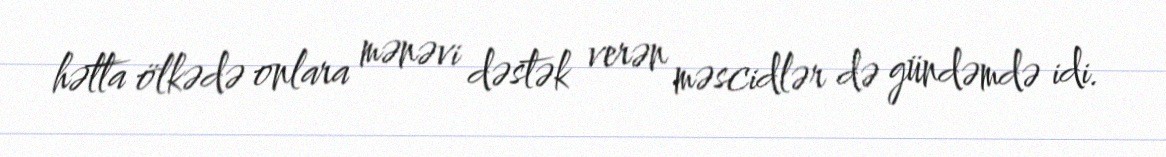
hətta ölkədə onlara mənəvi dəstək verən məscidlər də gündəmdə idi.